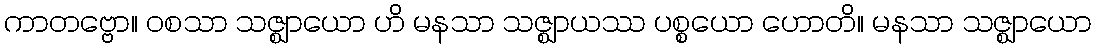
ကာတဗ္ဗော။ ဝစသာ သဇ္ဈာယော ဟိ မနသာ သဇ္ဈာယဿ ပစ္စယော ဟောတိ။ မနသာ သဇ္ဈာယော